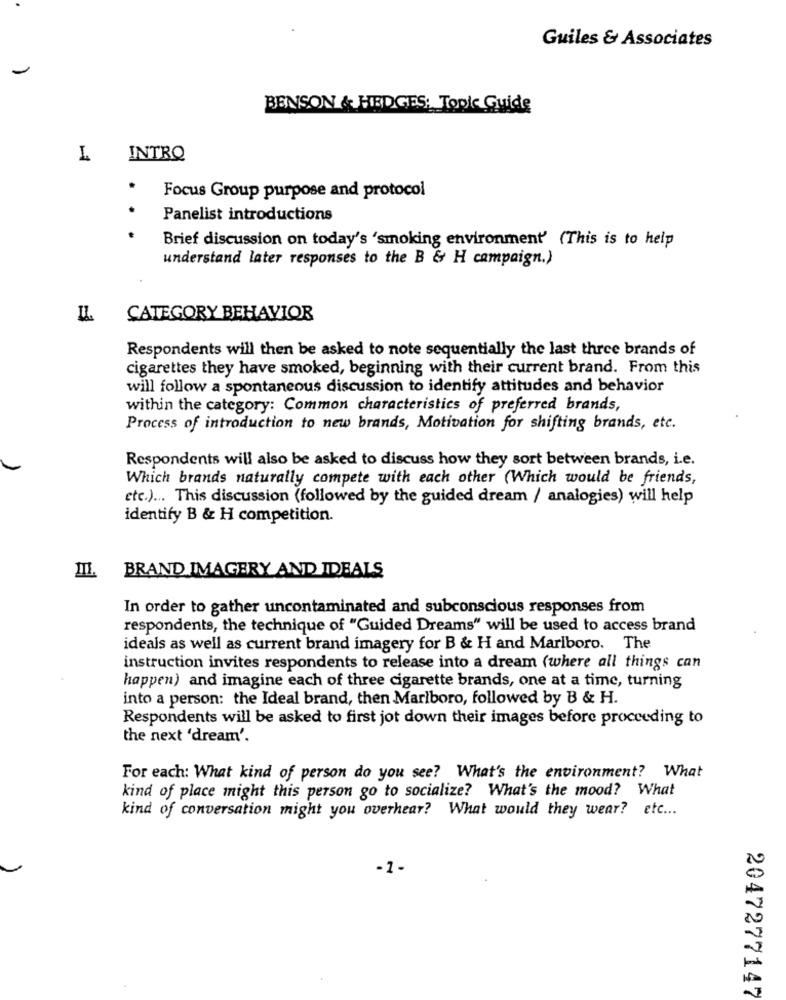
Guiles & Associates
BENSON & HEDGES: Topic Guide
L
INTRO
.
Focus Group purpose and protocol
.
Panelist introductions
Brief discussion on today's 'smoking environment' (This is to help
understand later responses to the B & H campaign.)
CATEGORY BEHAVIOR
Respondents will then be asked to note sequentially the last three brands of
cigarettes they have smoked, beginning with their current brand. From this
will follow a spontaneous discussion to identify attitudes and behavior
within the category: Common characteristics of preferred brands,
Process of introduction to new brands, Motivation for shifting brands, etc.
Respondents will also be asked to discuss how they sort between brands, i.e.
Which brands naturally compete with each other (Which would be friends,
etc.) ... This discussion (followed by the guided dream / analogies) will help
identify B & H competition.
BRAND IMAGERY AND IDEALS
III.
In order to gather uncontaminated and subconscious responses from
respondents, the technique of "Guided Dreams" will be used to access brand
ideals as well as current brand imagery for B & H and Marlboro. The
instruction invites respondents to release into a dream (where all things can
happen) and imagine each of three cigarette brands, one at a time, turning
into a person: the Ideal brand, then Marlboro, followed by B & H.
Respondents will be asked to first jot down their images before proceeding to
the next 'dream'.
For each: What kind of person do you see? What's the environment? What
kind of place might this person go to socialize? What's the mood? What
kind of conversation might you overhear? What would they wear? etc ...
-1-
2047277147